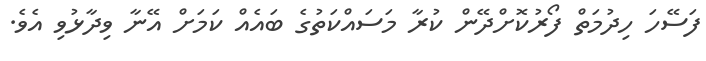
ފަސޭހަ ހިދުމަތް ފޯރުކޮށްދޭން ކުރާ މަސައްކަތުގެ ބައެއް ކަމަށް އޭނާ ވިދާޅުވި އެވެ.